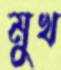
মুখ